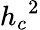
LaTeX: {h_{c}}^{2}